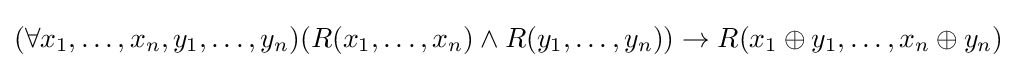
(\forall x_{1},\ldots ,x_{n},y_{1},\ldots ,y_{n})(R(x_{1},\ldots ,x_{n})\wedge R(y_{1},\ldots ,y_{n}))\rightarrow R(x_{1}\oplus y_{1},\ldots ,x_{n}\oplus y_{n})